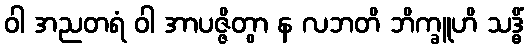
ဝါ အညတရံ ဝါ အာပဇ္ဇိတွာ န လဘတိ ဘိက္ခူဟိ သဒ္ဓိံ